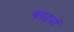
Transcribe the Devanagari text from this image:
बढ़इयों